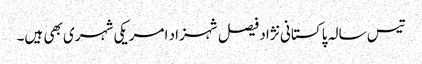
تیس سالہ پاکستانی نژاد فیصل شہزاد امریکی شہری بھی ہیں۔